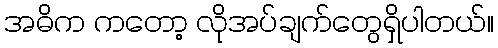
အဓိက ကတော့ လိုအပ်ချက်တွေရှိပါတယ်။